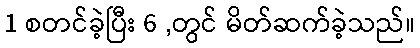
1 စတင်ခဲ့ပြီး 6 ,တွင် မိတ်ဆက်ခဲ့သည်။